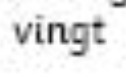
vingt